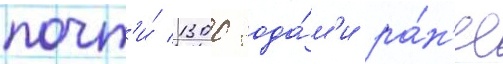
почт'и́ 1300 года́м'и ра́н'ее